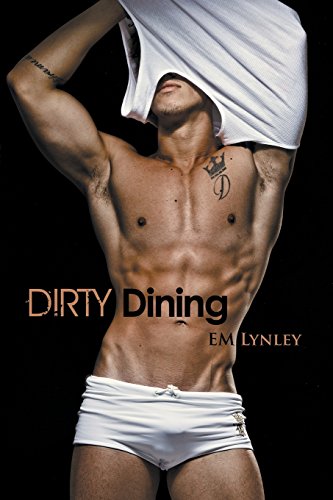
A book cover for Dirty Dining; EM Lynley; Romance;